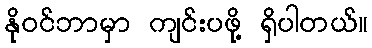
နိုဝင်ဘာမှာ ကျင်းပဖို့ ရှိပါတယ်။